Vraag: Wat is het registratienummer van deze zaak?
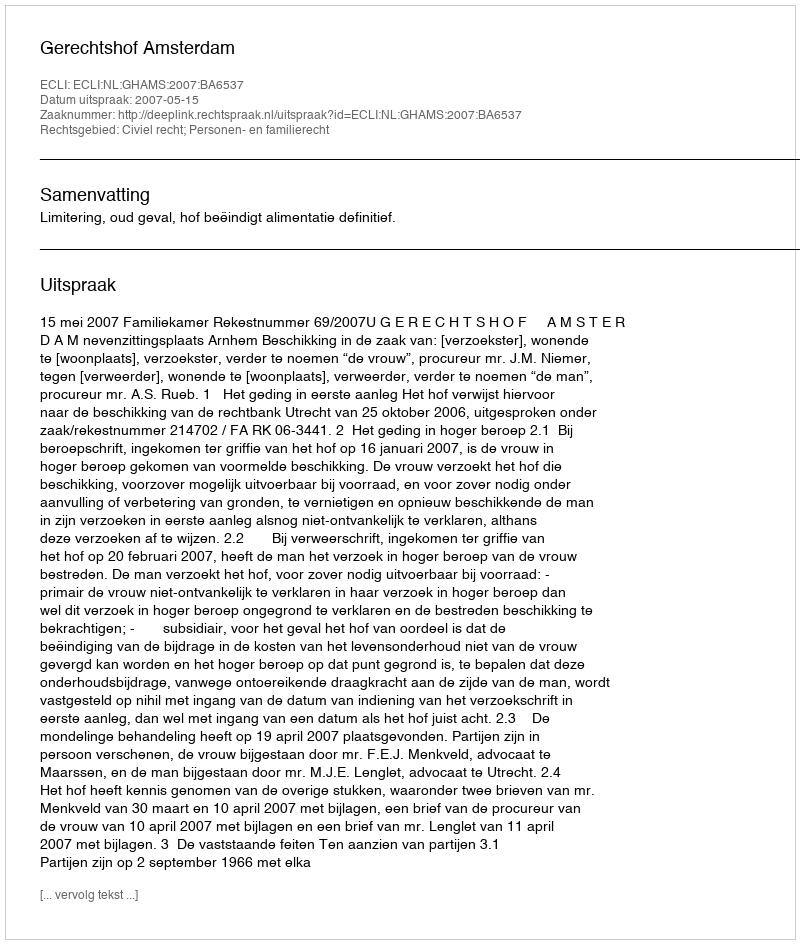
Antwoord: http://deeplink.rechtspraak.nl/uitspraak?id=ECLI:NL:GHAMS:2007:BA6537